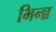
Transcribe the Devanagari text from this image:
भिन्न्न